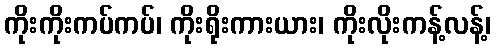
ကိုးကိုးကပ်ကပ်၊ ကိုးရိုးကားယား၊ ကိုးလိုးကန့်လန့်၊